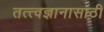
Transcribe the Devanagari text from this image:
तत्त्वज्ञानासाठी